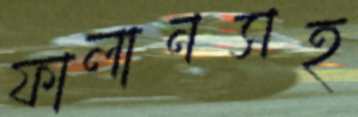
ফালানসহ